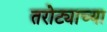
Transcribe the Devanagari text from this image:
तरोट्याच्या